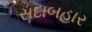
સદાબહાર